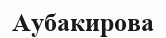
Аубакирова